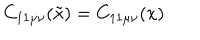
C _ { 1 1 \mu \nu } ( \tilde { x } ) = C _ { 1 1 \mu \nu } ( x )